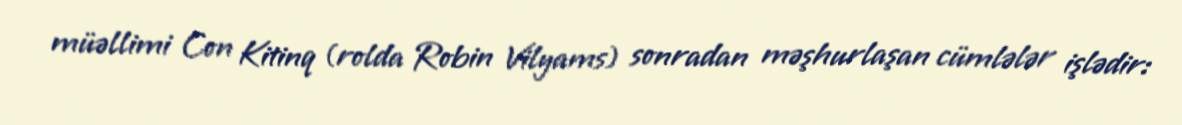
müəllimi Con Kitinq (rolda Robin Vilyams) sonradan məşhurlaşan cümlələr işlədir: